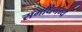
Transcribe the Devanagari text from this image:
समधिगम्य